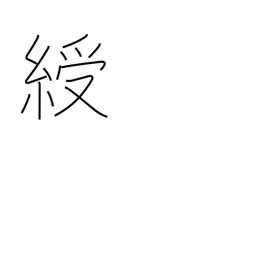
Meaning: ribbon